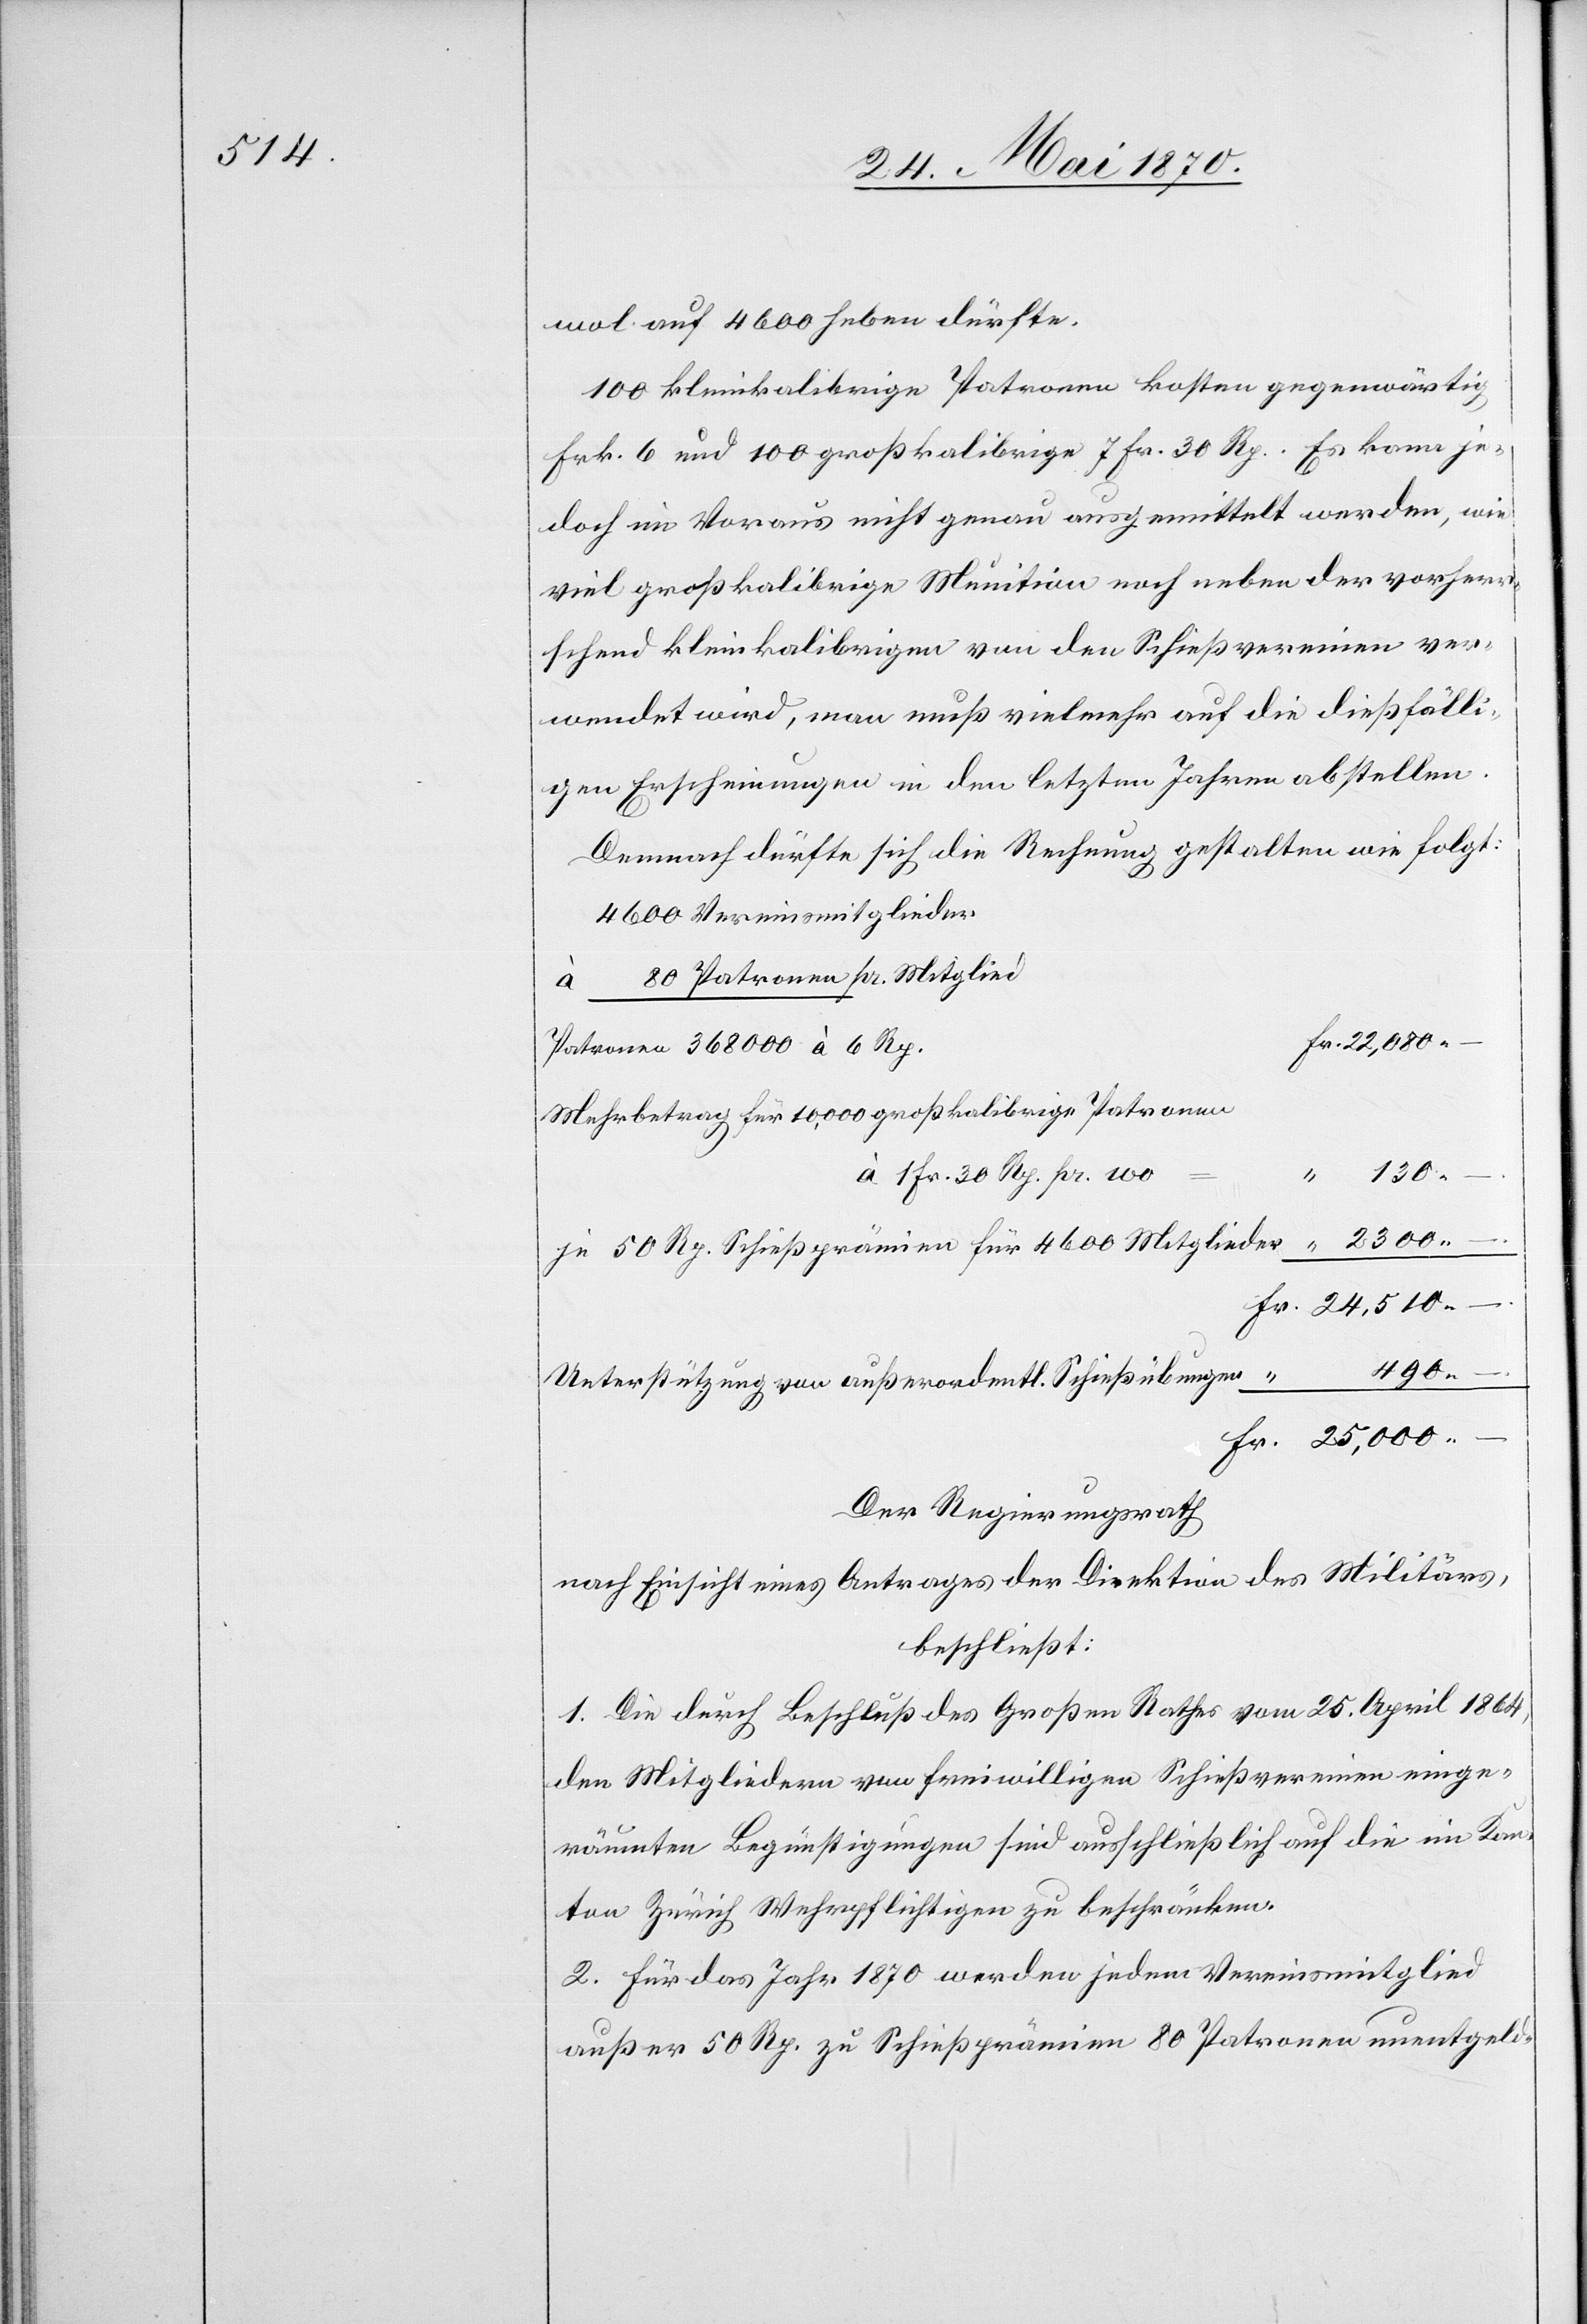
wol auf 4600 heben dürfte.
100 kleinkalibrige Patronen kosten gegenwärtig
Frk. 6 und 100 großkalibrige 7 Fr. 30 Rp. Es kann je¬
doch im Voraus nicht genau ausgemittelt werden, wie
viel großkalibrige Munition noch neben der vorherr¬
schend kleinkalibrigen von den Schießvereinen ver¬
wendet wird, man muß vielmehr auf die dießfälli¬
gen Erscheinungen in den letzten Jahren abstellen.
Demnach dürfte sich die Rechnung gestalten wie folgt:
4600 Vereinsmitglieder
à 80 Patronen pr. Mitglied
Patronen 368 000 à 6 Rp.
Mehrbetrag für 10,000 großkalibrige Patronen
à 1 Fr. 30 Rp. pr. 100
2300.
je 50 Rp. Schießprämien für 4600 Mitglieder
490.
Fr.
Unterstützung von außerordentl. Schießübungen
Der Regierungsrath
nach Einsicht eines Antrages der Direktion des Militärs,
beschließt:
1. Die durch Beschluß des Großen Rathes vom 25. April 1864,
den Mitgliedern von freiwilligen Schießvereinen einge¬
räumten Begünstigungen sind ausschließlich auf die im Kan¬
ton Zürich Wehrpflichtigen zu beschränken.
2. Für das Jahr 1870 werden jedem Vereinsmitglied
außer 50 Rp. zu Schießprämien 80 Patronen unentgeld-